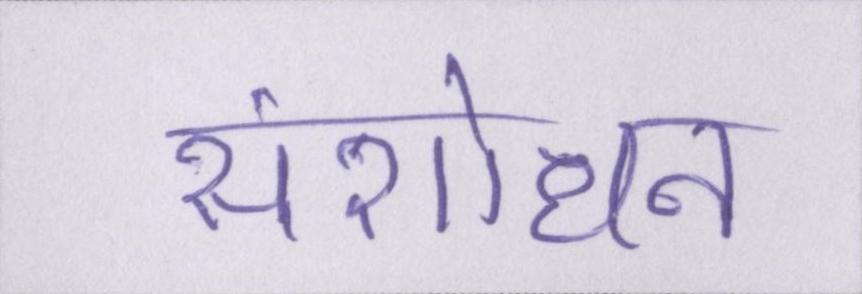
संशोधन